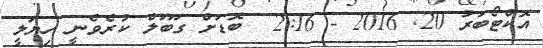
އޮކްޓޯބަރު 20